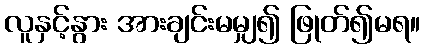
လူနှင့်နွား အားချင်းမမျှ၍ ဖြုတ်၍မရ။